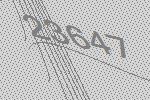
23647